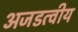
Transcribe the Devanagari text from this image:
अजडत्वीय